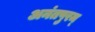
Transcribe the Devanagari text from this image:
अनंतपुरम्